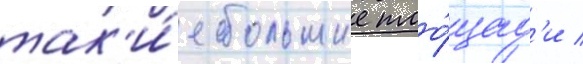
так'и́е большие пло́щад'и /